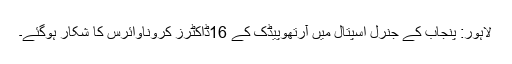
لاہور: پنجاب کے جنرل اسپتال میں آرتھوپیڈک کے 16ڈاکٹرز کروناوائرس کا شکار ہوگئے۔